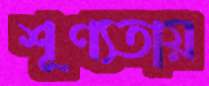
শূণ্যতায়